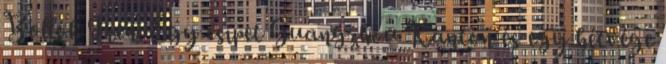
Bollók Irén: Egy csipet Guangzhou Kanton és egy hétvége